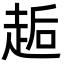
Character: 䞧